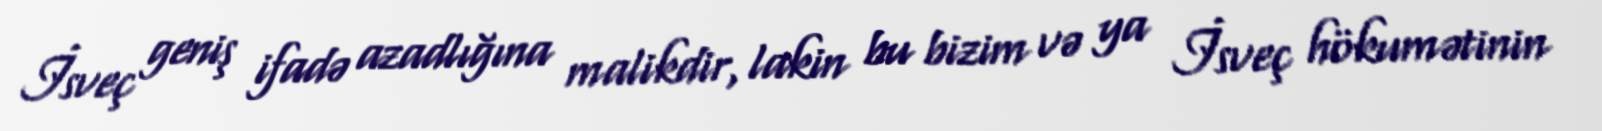
İsveç geniş ifadə azadlığına malikdir, lakin bu bizim və ya İsveç hökumətinin